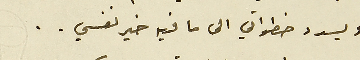
ويسدد خطواتي الى ما فيه خير نفسي..